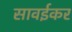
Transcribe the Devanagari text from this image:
सावईकर